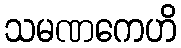
သမဏကေဟိ